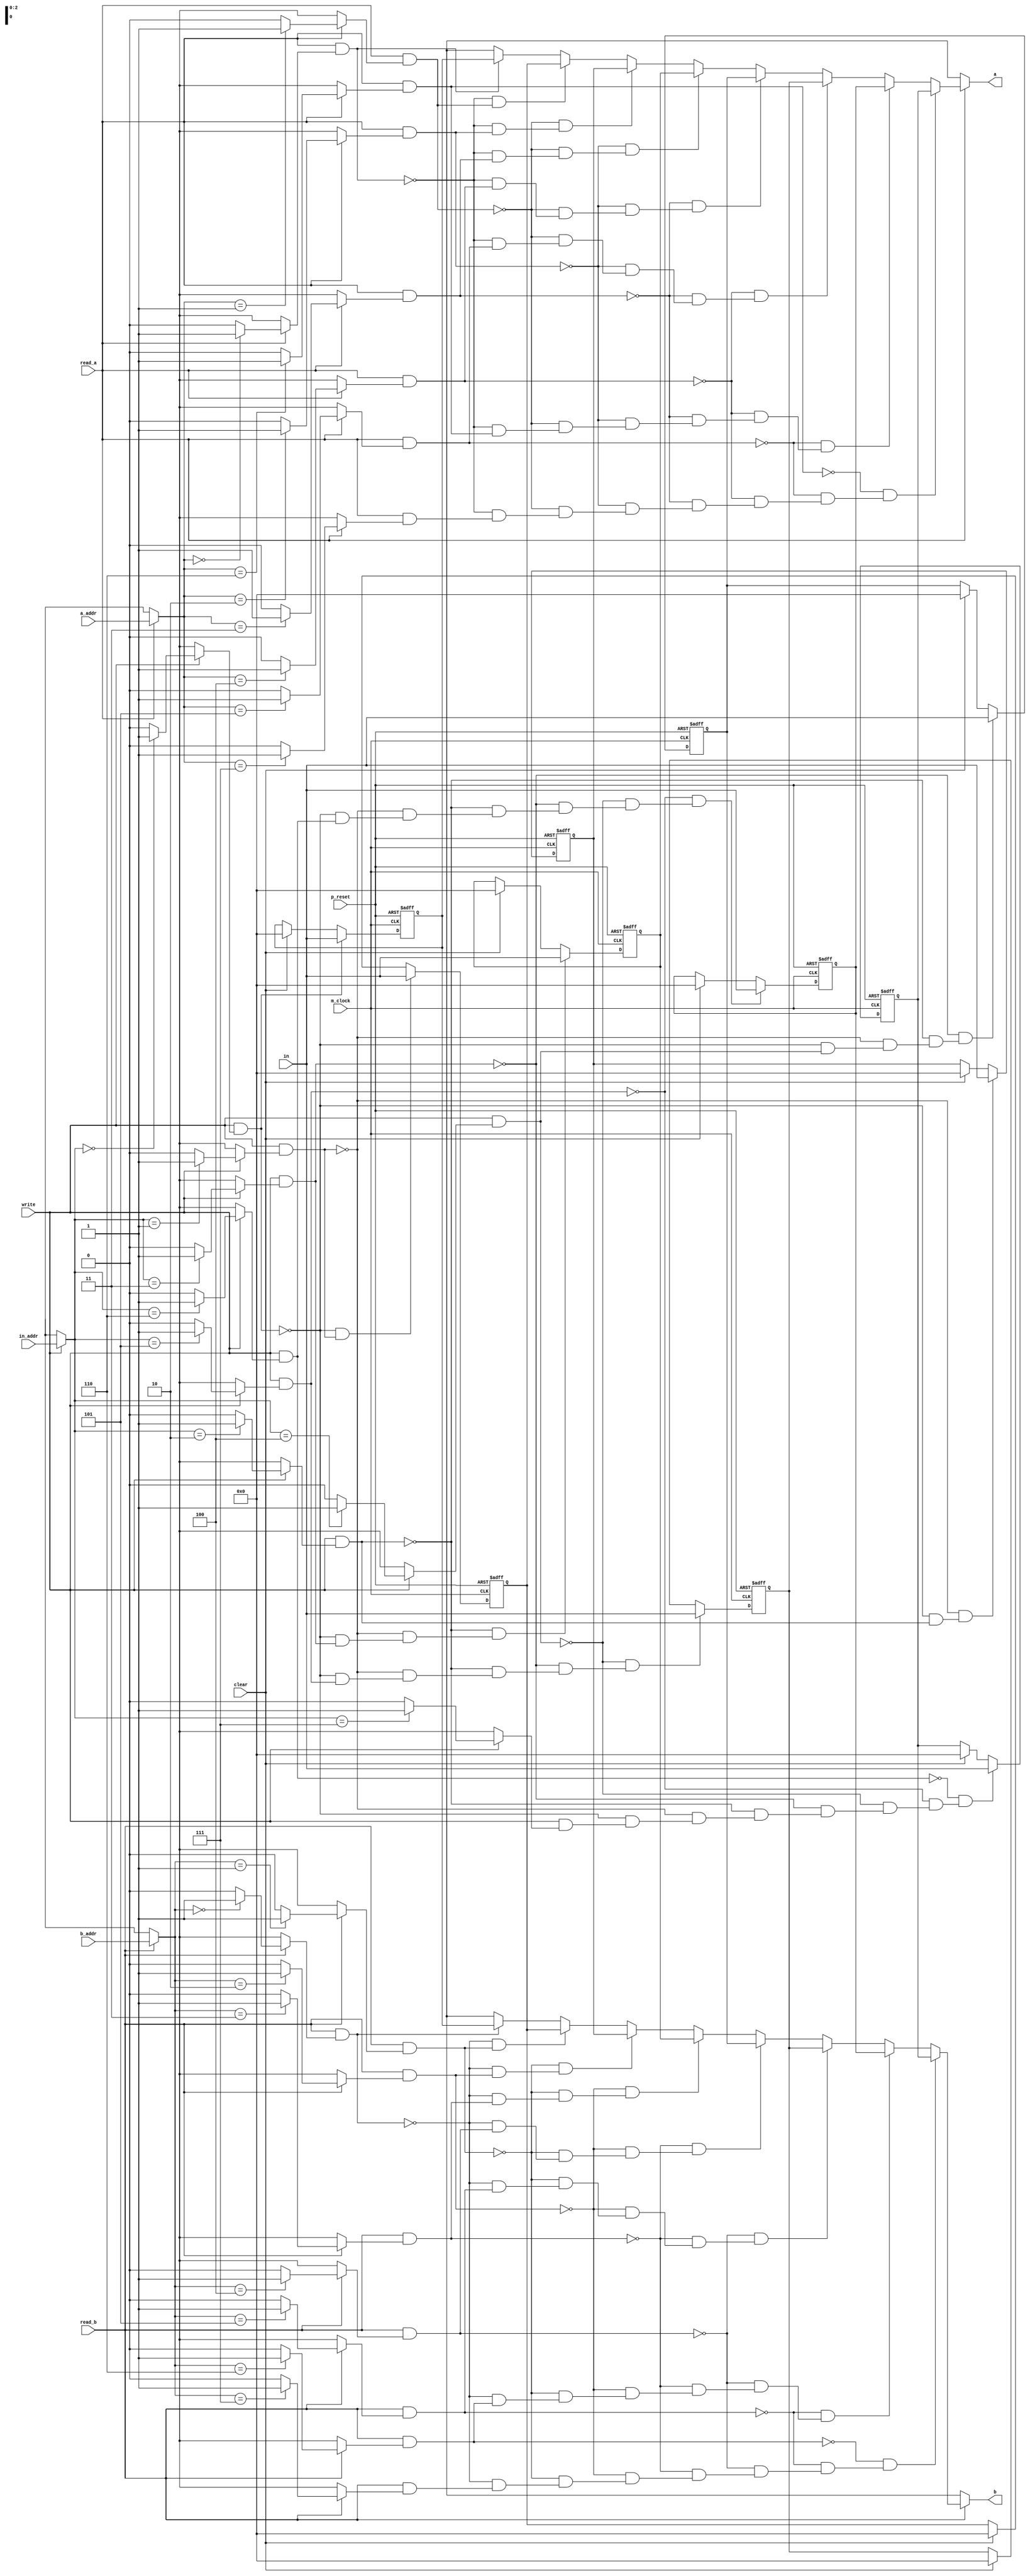
/*
 * This code is produced by: 
 *   FSL Compiler version 0.1 alpha (2020-05-19) build 20E314
 *   Designed by Nobuya WATANABE, Okayama University, 2015-2020.
 * 
 *   Thu Jun 04 17:20:04 JST 2020
 * 
 * The source file of this code: 'regs32x8.fsl'.
 * 
 * INFO: 
 * 
 */
/* ModuleDef: regs32x8 */

module regs32x8(p_reset, m_clock, in, in_addr, a_addr, b_addr, a, b, read_a, read_b, write, clear);
  input         p_reset;
  wire          p_reset;
  input         m_clock;
  wire          m_clock;
  input  [31:0] in;
  wire   [31:0] in;
  input   [2:0] in_addr;
  wire    [2:0] in_addr;
  input   [2:0] a_addr;
  wire    [2:0] a_addr;
  input   [2:0] b_addr;
  wire    [2:0] b_addr;
  output [31:0] a;
  wire   [31:0] a;
  output [31:0] b;
  wire   [31:0] b;
  input         read_a;
  wire          read_a;
  input         read_b;
  wire          read_b;
  input         write;
  wire          write;
  input         clear;
  wire          clear;
  /* for bundle-type input/output */
  /* decls */
  /* reg decl */
  reg    [31:0] reg0;
  /* reg decl */
  reg    [31:0] reg1;
  /* reg decl */
  reg    [31:0] reg2;
  /* reg decl */
  reg    [31:0] reg3;
  /* reg decl */
  reg    [31:0] reg4;
  /* reg decl */
  reg    [31:0] reg5;
  /* reg decl */
  reg    [31:0] reg6;
  /* reg decl */
  reg    [31:0] reg7;
  /* local decls */
  wire    [2:0] __net0;
  wire   [31:0] __net1;
  wire    [2:0] __net10;
  wire   [31:0] __net11;
  wire          __net12;
  wire          __net13;
  wire          __net14;
  wire          __net15;
  wire          __net16;
  wire          __net17;
  wire          __net18;
  wire          __net19;
  wire          __net2;
  wire    [2:0] __net20;
  wire          __net21;
  wire          __net22;
  wire          __net23;
  wire          __net24;
  wire          __net25;
  wire          __net26;
  wire          __net27;
  wire          __net28;
  wire          __net3;
  wire          __net4;
  wire          __net5;
  wire          __net6;
  wire          __net7;
  wire          __net8;
  wire          __net9;
  wire   [31:0] _read_a_v_0_1000;
  wire   [31:0] _read_b_v_8_1001;
  /* assigns */
  assign __net0 = read_a ? a_addr : 3'bx;
  assign __net1 = ~(read_a & __net8) & (~(read_a & __net7) & (~(read_a & __net6) & (~(read_a & __net5) & (~(read_a & __net4) & (~(read_a & __net3) & (~(read_a & __net2) & (read_a & __net9))))))) ? 
                    reg7 : 
                    ~(read_a & __net7) & (~(read_a & __net6) & (~(read_a & __net5) & (~(read_a & __net4) & (~(read_a & __net3) & (~(read_a & __net2) & (read_a & __net8)))))) ? 
                      reg6 : 
                      ~(read_a & __net6) & (~(read_a & __net5) & (~(read_a & __net4) & (~(read_a & __net3) & (~(read_a & __net2) & (read_a & __net7))))) ? 
                        reg5 : 
                        ~(read_a & __net5) & (~(read_a & __net4) & (~(read_a & __net3) & (~(read_a & __net2) & (read_a & __net6)))) ? 
                          reg4 : 
                          ~(read_a & __net4) & (~(read_a & __net3) & (~(read_a & __net2) & (read_a & __net5))) ? 
                            reg3 : 
                            ~(read_a & __net3) & (~(read_a & __net2) & (read_a & __net4)) ? 
                              reg2 : 
                              ~(read_a & __net2) & (read_a & __net3) ? 
                                reg1 : 
                                read_a & __net2 ? 
                                  reg0 : 
                                  32'bx;
  assign __net10 = read_b ? b_addr : 3'bx;
  assign __net11 = ~(read_b & __net18) & (~(read_b & __net17) & (~(read_b & __net16) & (~(read_b & __net15) & (~(read_b & __net14) & (~(read_b & __net13) & (~(read_b & __net12) & (read_b & __net19))))))) ? 
                     reg7 : 
                     ~(read_b & __net17) & (~(read_b & __net16) & (~(read_b & __net15) & (~(read_b & __net14) & (~(read_b & __net13) & (~(read_b & __net12) & (read_b & __net18)))))) ? 
                       reg6 : 
                       ~(read_b & __net16) & (~(read_b & __net15) & (~(read_b & __net14) & (~(read_b & __net13) & (~(read_b & __net12) & (read_b & __net17))))) ? 
                         reg5 : 
                         ~(read_b & __net15) & (~(read_b & __net14) & (~(read_b & __net13) & (~(read_b & __net12) & (read_b & __net16)))) ? 
                           reg4 : 
                           ~(read_b & __net14) & (~(read_b & __net13) & (~(read_b & __net12) & (read_b & __net15))) ? 
                             reg3 : 
                             ~(read_b & __net13) & (~(read_b & __net12) & (read_b & __net14)) ? 
                               reg2 : 
                               ~(read_b & __net12) & (read_b & __net13) ? 
                                 reg1 : 
                                 read_b & __net12 ? 
                                   reg0 : 
                                   32'bx;
  assign __net12 = read_b ? __net10 == 3'B000 ? 1'b1 : 1'b0 : 1'bx;
  assign __net13 = read_b ? __net10 == 3'B001 ? 1'b1 : 1'b0 : 1'bx;
  assign __net14 = read_b ? __net10 == 3'B010 ? 1'b1 : 1'b0 : 1'bx;
  assign __net15 = read_b ? __net10 == 3'B011 ? 1'b1 : 1'b0 : 1'bx;
  assign __net16 = read_b ? __net10 == 3'B100 ? 1'b1 : 1'b0 : 1'bx;
  assign __net17 = read_b ? __net10 == 3'B101 ? 1'b1 : 1'b0 : 1'bx;
  assign __net18 = read_b ? __net10 == 3'B110 ? 1'b1 : 1'b0 : 1'bx;
  assign __net19 = read_b ? __net10 == 3'B111 ? 1'b1 : 1'b0 : 1'bx;
  assign __net2 = read_a ? __net0 == 3'B000 ? 1'b1 : 1'b0 : 1'bx;
  assign __net20 = write ? in_addr : 3'bx;
  assign __net21 = write ? __net20 == 3'B000 ? 1'b1 : 1'b0 : 1'bx;
  assign __net22 = write ? __net20 == 3'B001 ? 1'b1 : 1'b0 : 1'bx;
  assign __net23 = write ? __net20 == 3'B010 ? 1'b1 : 1'b0 : 1'bx;
  assign __net24 = write ? __net20 == 3'B011 ? 1'b1 : 1'b0 : 1'bx;
  assign __net25 = write ? __net20 == 3'B100 ? 1'b1 : 1'b0 : 1'bx;
  assign __net26 = write ? __net20 == 3'B101 ? 1'b1 : 1'b0 : 1'bx;
  assign __net27 = write ? __net20 == 3'B110 ? 1'b1 : 1'b0 : 1'bx;
  assign __net28 = write ? __net20 == 3'B111 ? 1'b1 : 1'b0 : 1'bx;
  assign __net3 = read_a ? __net0 == 3'B001 ? 1'b1 : 1'b0 : 1'bx;
  assign __net4 = read_a ? __net0 == 3'B010 ? 1'b1 : 1'b0 : 1'bx;
  assign __net5 = read_a ? __net0 == 3'B011 ? 1'b1 : 1'b0 : 1'bx;
  assign __net6 = read_a ? __net0 == 3'B100 ? 1'b1 : 1'b0 : 1'bx;
  assign __net7 = read_a ? __net0 == 3'B101 ? 1'b1 : 1'b0 : 1'bx;
  assign __net8 = read_a ? __net0 == 3'B110 ? 1'b1 : 1'b0 : 1'bx;
  assign __net9 = read_a ? __net0 == 3'B111 ? 1'b1 : 1'b0 : 1'bx;
  assign _read_a_v_0_1000 = read_a ? __net1 : 32'bx;
  assign _read_b_v_8_1001 = read_b ? __net11 : 32'bx;
  assign a = read_a ? _read_a_v_0_1000 : 32'bx;
  assign b = read_b ? _read_b_v_8_1001 : 32'bx;
  /* defs */
  /* FunDef read_a */
  /*   parameter: a_addr: Bit(3) */
  /* FunDef read_b */
  /*   parameter: b_addr: Bit(3) */
  /* FunDef write */
  /*   parameter: in_addr: Bit(3) */
  /*   parameter: in: Bit(32) */
  /* reg updates */
  always @(posedge m_clock or posedge p_reset)
    begin
      if (p_reset)
        reg3 <= 32'b0;
      else if (~(write & __net23) & (~(write & __net22) & (~(write & __net21) & (write & __net24))))
        reg3 <= in;
      else if (clear)
        reg3 <= 32'B00000000000000000000000000000000;
    end
  always @(posedge m_clock or posedge p_reset)
    begin
      if (p_reset)
        reg6 <= 32'b0;
      else if (~(write & __net26) & (~(write & __net25) & (~(write & __net24) & (~(write & __net23) & (~(write & __net22) & (~(write & __net21) & (write & __net27)))))))
        reg6 <= in;
      else if (clear)
        reg6 <= 32'B00000000000000000000000000000000;
    end
  always @(posedge m_clock or posedge p_reset)
    begin
      if (p_reset)
        reg2 <= 32'b0;
      else if (~(write & __net22) & (~(write & __net21) & (write & __net23)))
        reg2 <= in;
      else if (clear)
        reg2 <= 32'B00000000000000000000000000000000;
    end
  always @(posedge m_clock or posedge p_reset)
    begin
      if (p_reset)
        reg5 <= 32'b0;
      else if (~(write & __net25) & (~(write & __net24) & (~(write & __net23) & (~(write & __net22) & (~(write & __net21) & (write & __net26))))))
        reg5 <= in;
      else if (clear)
        reg5 <= 32'B00000000000000000000000000000000;
    end
  always @(posedge m_clock or posedge p_reset)
    begin
      if (p_reset)
        reg4 <= 32'b0;
      else if (~(write & __net24) & (~(write & __net23) & (~(write & __net22) & (~(write & __net21) & (write & __net25)))))
        reg4 <= in;
      else if (clear)
        reg4 <= 32'B00000000000000000000000000000000;
    end
  always @(posedge m_clock or posedge p_reset)
    begin
      if (p_reset)
        reg7 <= 32'b0;
      else if (~(write & __net27) & (~(write & __net26) & (~(write & __net25) & (~(write & __net24) & (~(write & __net23) & (~(write & __net22) & (~(write & __net21) & (write & __net28))))))))
        reg7 <= in;
      else if (clear)
        reg7 <= 32'B00000000000000000000000000000000;
    end
  always @(posedge m_clock or posedge p_reset)
    begin
      if (p_reset)
        reg1 <= 32'b0;
      else if (~(write & __net21) & (write & __net22))
        reg1 <= in;
      else if (clear)
        reg1 <= 32'B00000000000000000000000000000000;
    end
  always @(posedge m_clock or posedge p_reset)
    begin
      if (p_reset)
        reg0 <= 32'b0;
      else if (write & __net21)
        reg0 <= in;
      else if (clear)
        reg0 <= 32'B00000000000000000000000000000000;
    end
endmodule
/* End of file (regs32x8.v) */